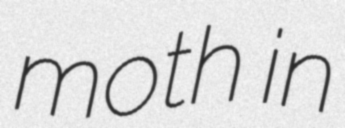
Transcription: moth in